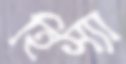
হিস্যা